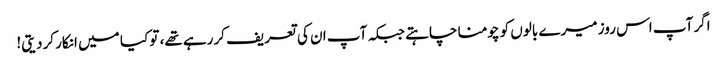
اگر آپ اس روز میرے بالوں کو چومنا چاہتے جبکہ آپ ان کی تعریف کررہے تھے، تو کیا میں انکار کردیتی!